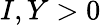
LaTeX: I,Y>0